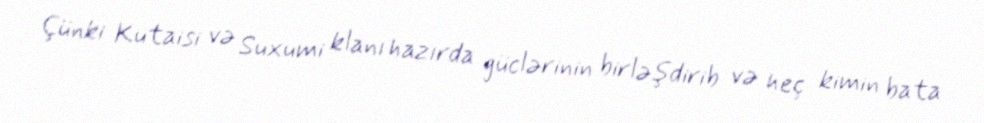
Çünki Kutaisi və Suxumi klanı hazırda güclərinin birləşdirib və heç kimin bata